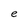
Character: e